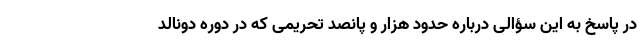
در پاسخ به این سؤالی درباره حدود هزار و پانصد تحریمی که در دوره دونالد